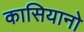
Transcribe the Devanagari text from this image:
कासियानो